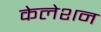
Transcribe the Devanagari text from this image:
केलेशन